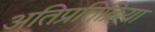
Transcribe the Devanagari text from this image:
अतिप्रतिक्रिया